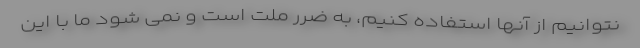
نتوانیم از آنها استفاده کنیم، به ضرر ملت است و نمی شود ما با این